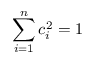
\sum _ { i = 1 } ^ { n } c _ { i } ^ { 2 } = 1